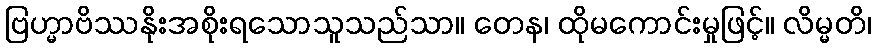
ဗြဟ္မာဗိဿနိုးအစိုးရသောသူသည်သာ။ တေန၊ ထိုမကောင်းမှုဖြင့်။ လိမ္မတိ၊